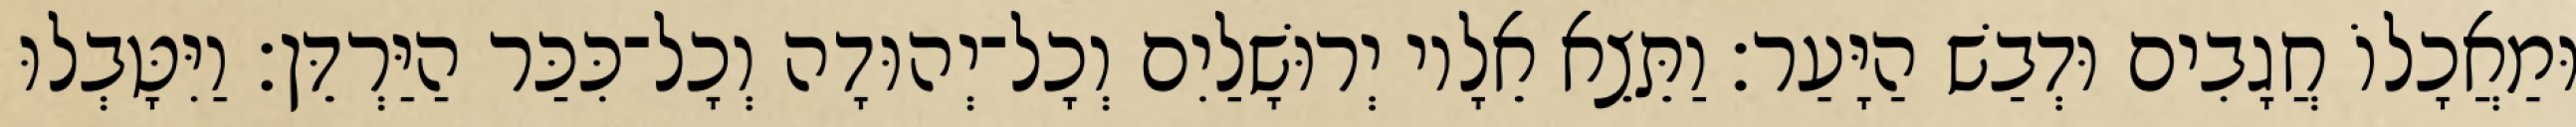
וּמַאֲכָלוֹ חֲגָבִים וּדְבַשׁ הַיָּעַר׃ וַתֵּצֵא אֵלָיו יְרוּשָׁלַיִם וְכָל־יְהוּדָה וְכָל־כִּכַּר הַיַּרְדֵּן׃ וַיִּטָּבְלוּ